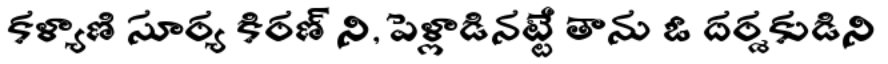
కళ్యాణి సూర్య కిరణ్ ని, పెళ్లాడినట్టే తాను ఓ దర్శకుడిని